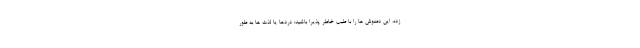
زده، این دمنوش ها را با طیب خاطر پذیرا باشید: دردها یا لذت ها به طور